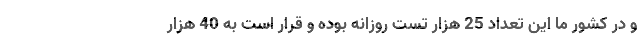
و در کشور ما این تعداد 25 هزار تست روزانه بوده و قرار است به 40 هزار